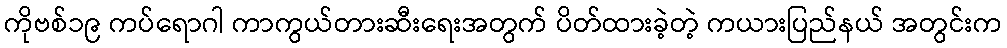
ကိုဗစ်၁၉ ကပ်ရောဂါ ကာကွယ်တားဆီးရေးအတွက် ပိတ်ထားခဲ့တဲ့ ကယားပြည်နယ် အတွင်းက